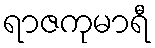
ရာဇကုမာရီ